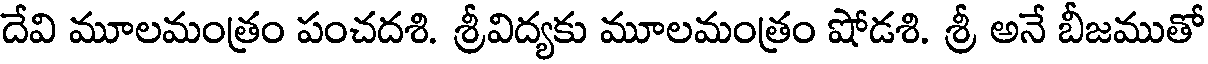
దేవి మూలమంత్రం పంచదశి. శ్రీవిద్యకు మూలమంత్రం షోడశి. శ్రీ అనే బీజముతో